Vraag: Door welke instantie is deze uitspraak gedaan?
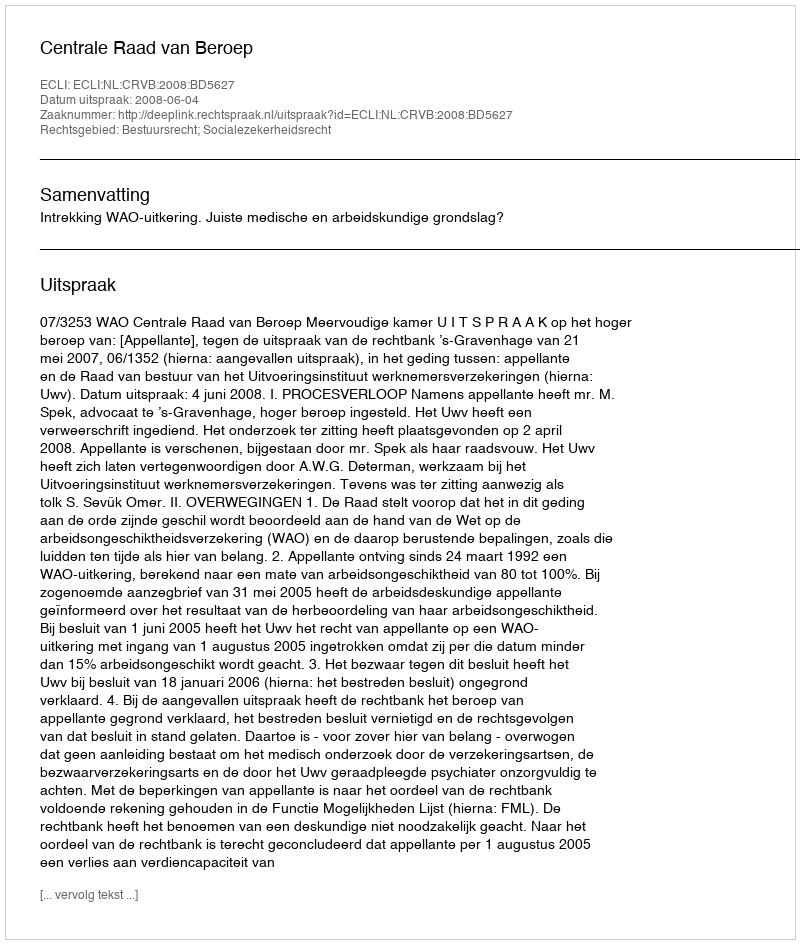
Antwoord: Centrale Raad van Beroep